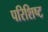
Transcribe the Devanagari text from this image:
परिशिष्‍ट